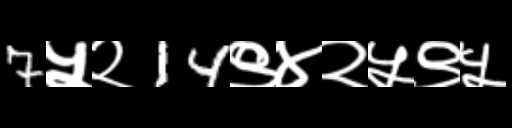
Text: 7५२14९४२५९५